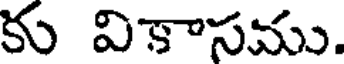
కు వికాసము.